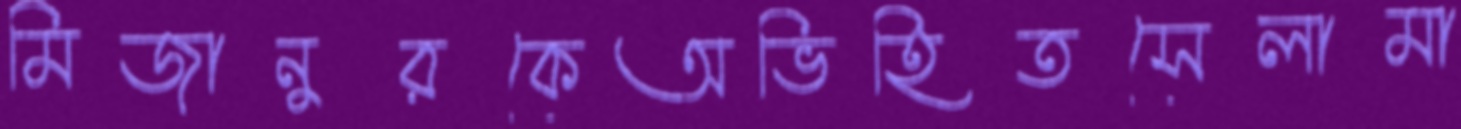
মিজানুরকেঅভিহিতসেলামা